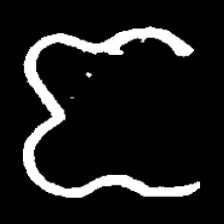
Pyu character \u2014 Myanmar letter: ဇ (romanized: ja)